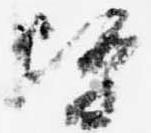
督